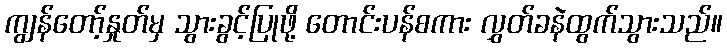
ကျွန်တော့်နှုတ်မှ သွားခွင့်ပြုဖို့ တောင်းပန်စကား လွှတ်ခနဲထွက်သွားသည်။